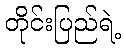
တိုင်းပြည်ရဲ့